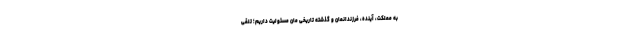
به مملکت، آینده، فرزندانمان و گذشته تاریخی مان مسئولیت داریم؛ تلقی